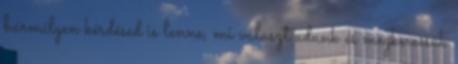
bármilyen kérdésed is lenne, mi választ adunk és megkeressük